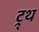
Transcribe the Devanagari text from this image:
ट्र्थ